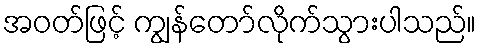
အဝတ်ဖြင့် ကျွန်တော်လိုက်သွားပါသည်။